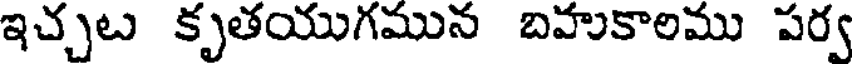
ఇచ్చట కృతయుగమున బహుకాలము పర్వ